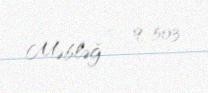
Məbləğ — 9 503